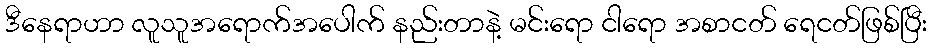
ဒီနေရာဟာ လူသူအရောက်အပေါက် နည်းတာနဲ့ မင်းရော ငါရော အစာငတ် ရေငတ်ဖြစ်ပြီး